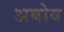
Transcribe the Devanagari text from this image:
अबोव